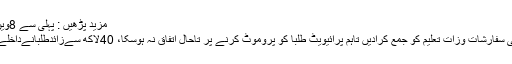
مزید پڑھیں : پہلی سے 8ویں جماعت کے طلبا کو پروموٹ کرنے کا فیصلہ
بورڈزطلبا کو اگلی کلاسز میں پروموٹ کرنےکی سفارشات وزات تعلیم کو جمع کرادیں تاہم پرائیویٹ طلبا کو پروموٹ کرنے پر تاحال اتفاق نہ ہوسکا، 40لاکھ سےزائدطلبانےداخلےبھجوائے،30سے35فیصدپرائیویٹ امیدوار ہیں۔